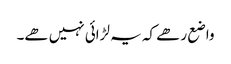
واضع رھے کہ یہ لڑائی نہیں ھے۔